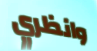
وانظري